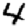
Digit: 4